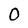
Character: 0